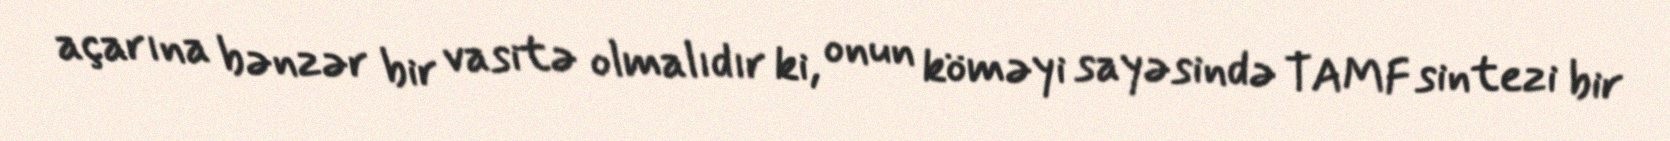
açarına bənzər bir vasitə olmalıdır ki, onun köməyi sayəsində TAMF sintezi bir